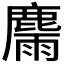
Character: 𪋉